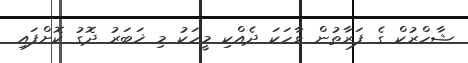
ޝާހްރުކް ގެ ފަރާތުން ވާހަކަ ދެއްކި މީހަކު މި ޚަބަރު ދޮގު ކޮށްފައި